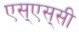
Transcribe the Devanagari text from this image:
एस्‌एस्‌सी